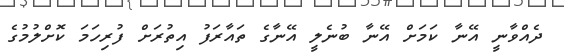
ދެއްވާނީ އޭނާ ކަމަށް އޭނާ ބުނެލީ އޭނާގެ ތައާރަފު އިތުރަށް ފުރިހަމަ ކޮށްލުމުގެ